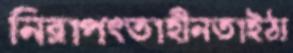
নিরাপত্তাহীনতাইঠ্য